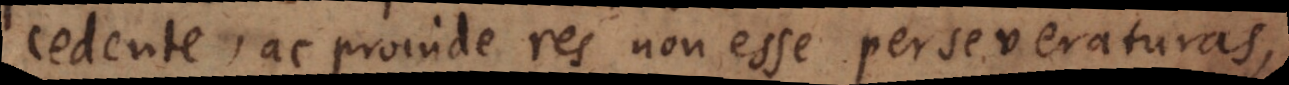
cedente, ac proinde res non esse perseveraturas,